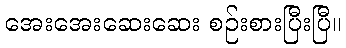
အေးအေးဆေးဆေး စဉ်းစားပြီးပြီ။